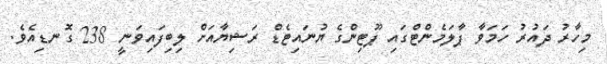
މިހާރު ދައުރު ހަމަވާ ޕާލަމެންޓްގައި ޕޫޓިންގެ ޔުނައިޓެޑް ރަޝިޔާއަށް ލިބިފައިވަނީ 238 ގޮނޑިއެވެ.